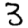
Digit: 3